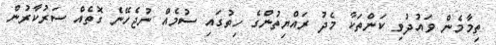
ތިމާމެން ވައުދުވި ކަންތަކާ މެދު ރައްޔިތުންގެ ހިތުގައި ސުމެއް ނުޖެހޭނެ ގޮތެއް ސަރުކާރުން